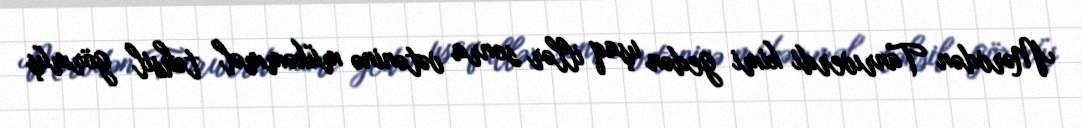
Mərvdən Tanrıverdi kimi gedən uşaq illər sonra vətəninə mükəmməl təhsil görmüş